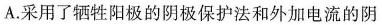
A.采用了牺牲阳极的阴极保护法和外加电流的阴